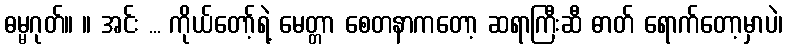
ဓမ္မဂုတ်။ ။ အင်း ... ကိုယ်တော့်ရဲ့ မေတ္တာ စေတနာကတော့ ဆရာကြီးဆီ ဓာတ် ရောက်တော့မှာပဲ၊